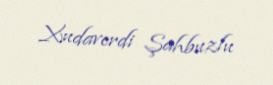
Xudaverdi Şahbuzlu